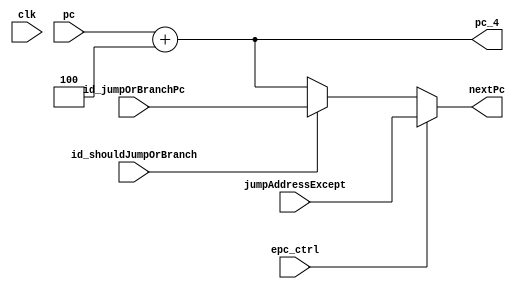
`timescale 1ns / 1ps

module IfStage (
		input clk,
		input [31:0] pc,
		input id_shouldJumpOrBranch,	// BRANCH
		input [31:0] id_jumpOrBranchPc,
        input epc_ctrl,
        input [31:0] jumpAddressExcept,
		output [31:0] pc_4,
		output [31:0] nextPc
	);
    wire [31:0] normalNextPc;
	assign pc_4 = pc + 4;
	assign normalNextPc = id_shouldJumpOrBranch ? id_jumpOrBranchPc[31:0] : pc_4[31:0];
    assign nextPc = epc_ctrl ? jumpAddressExcept[31:0] : normalNextPc[31:0];

endmodule